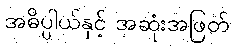
အဓိပ္ပါယ်နှင့် အဆုံးအဖြတ်